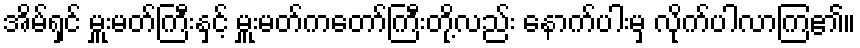
အိမ်ရှင် မှူးမတ်ကြီးနှင့် မှူးမတ်ကတော်ကြီးတို့လည်း နောက်ပါးမှ လိုက်ပါလာကြ၏။